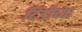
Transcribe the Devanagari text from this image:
दिंडीच्या